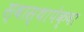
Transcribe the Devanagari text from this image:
स्वास्थापेक्षा